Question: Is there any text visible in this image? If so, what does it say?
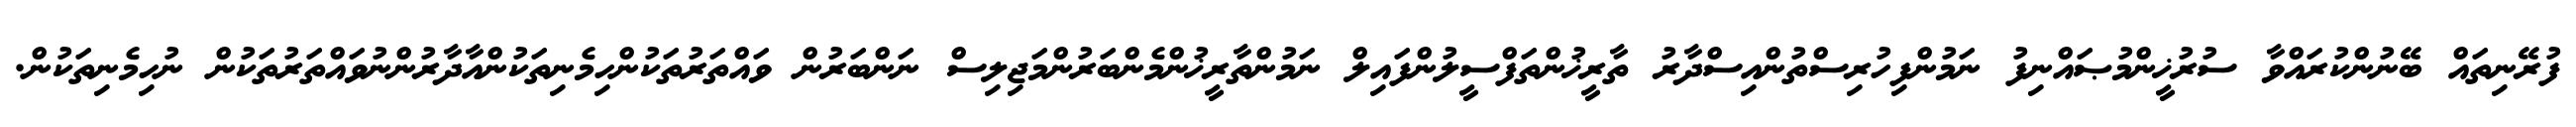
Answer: ފުރޭނިތައް ބޭނުންކުރައްވާ ސުރުޚީންމުޞައްނިފު ނަމުންފިހުރިސްތުންއިސްދާރު ތާރީޚުންތަފްސީލުންފައިލް ނަމުންތާރީޚުންމެންބަރުންމަޖިލިސް ނަންބަރުން ވައްތަރުތަކުންހިމެނިތަކުންއާދާރުންނުވައްތަރުތަކުން ނުހިމެނިތަކުން.